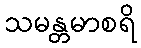
သမန္တမာစရိ